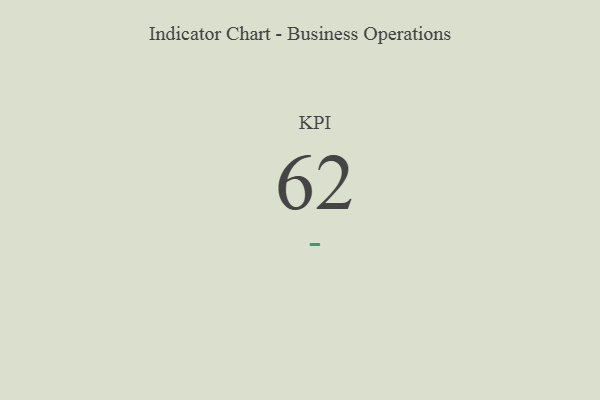
{"axis": {"x": "KPI", "y": "Value"}, "legend": [""], "data": [{"x": "KPI", "y": 62, "type": ""}]}